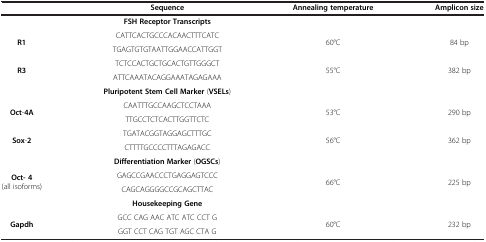
|  | Sequence | Annealing temperature | Amplicon size |
 | --- | --- | --- | --- |
 |  | FSH Receptor Transcripts |  |  |
 | <ROWSPAN=2> R1 | CATTCACTGCCCACAACTTTCATC | <ROWSPAN=2> 60°C | <ROWSPAN=2> 84 bp |
 | TGAGTGTGTAATTGGAACCATTGGT |
 | <ROWSPAN=2> R3 | TCTCCACTGCTGCACTGTTGGGCT | <ROWSPAN=2> 55°C | <ROWSPAN=2> 382 bp |
 | ATTCAAATACAGGAAATAGAGAAA |
 |  | Pluripotent Stem Cell Marker (VSELs) |  |  |
 | <ROWSPAN=2> Oct-4A | CAATTTGCCAAGCTCCTAAA | <ROWSPAN=2> 53°C | <ROWSPAN=2> 290 bp |
 | TTGCCTCTCACTTGGTTCTC |
 | <ROWSPAN=2> Sox-2 | TGATACGGTAGGAGCTTTGC | <ROWSPAN=2> 56°C | <ROWSPAN=2> 362 bp |
 | CTTTTGCCCCTTTAGAGACC |
 |  | Differentiation Marker (OGSCs) |  |  |
 | <ROWSPAN=2> Oct- 4 (all isoforms) | GAGCCGAACCCTGAGGAGTCCC | <ROWSPAN=2> 66°C | <ROWSPAN=2> 225 bp |
 | CAGCAGGGGCCGCAGCTTAC |
 |  | Housekeeping Gene |  |  |
 | <ROWSPAN=2> Gapdh | GCC CAG AAC ATC ATC CCT G | <ROWSPAN=2> 60°C | <ROWSPAN=2> 232 bp |
 | GGT CCT CAG TGT AGC CTA G |